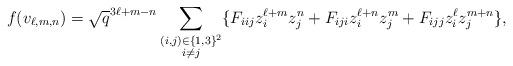
LaTeX: \begin{align*}f(v_{\ell,m,n})=\sqrt{q}^{3\ell+m-n}&\sum_{\substack{(i,j)\in\{1,3\}^2\\ i\neq j}}\{F_{iij}z_i^{\ell+m}z_j^n+F_{iji}z_i^{\ell+n}z_j^m+F_{ijj}z_i^\ell z_j^{m+n}\},\\\end{align*}